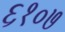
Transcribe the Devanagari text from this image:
६१०७